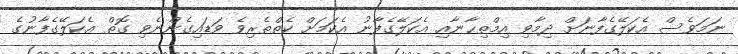
ނަމަވެސް އެކަލޭގެފާނަށް ދިމާވި އިމްތިޙާނާއި އެކަލޭގެފާނު އެކަމަށް ކެތްތެރިވެ ވަޑައިގެންނެވި ގޮތް އެކަލޭގެފާނުގެ